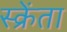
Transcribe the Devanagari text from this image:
स्क्रेंता